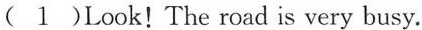
(1)Look!The road is very busy.